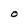
Character: O